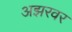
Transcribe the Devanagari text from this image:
अझरवर